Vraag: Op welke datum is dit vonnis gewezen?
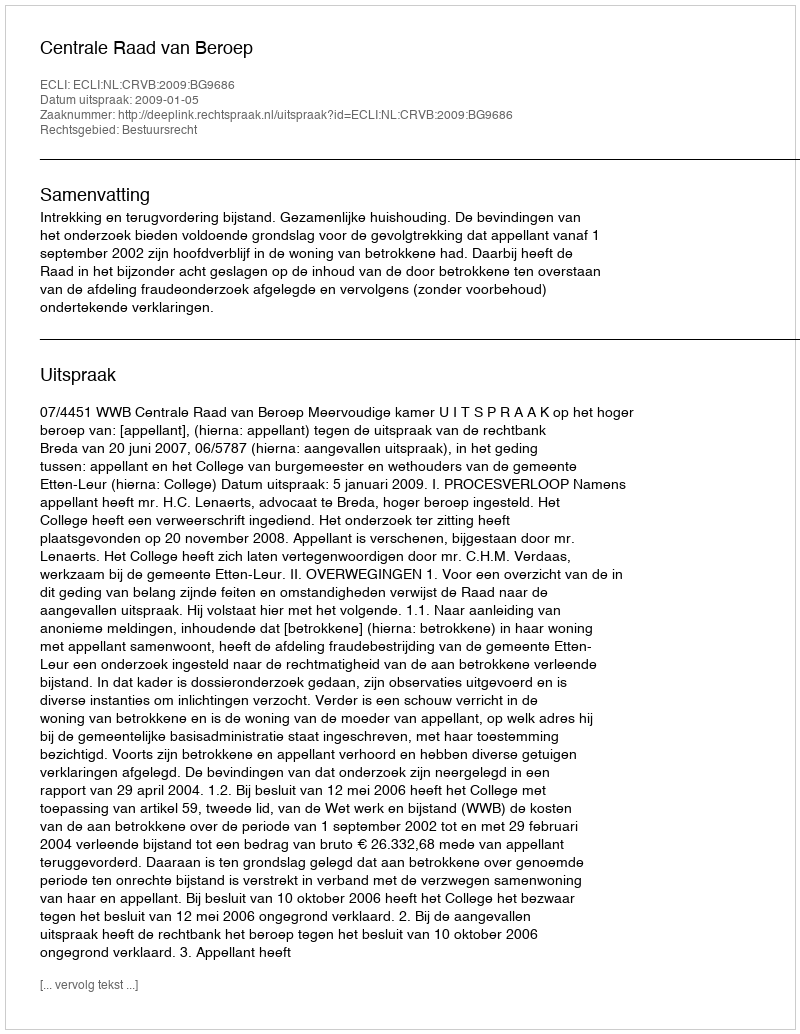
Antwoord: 2009-01-05